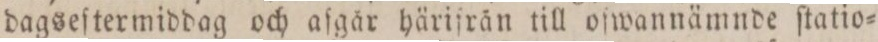
dagseſtermiddag och aſgår härifrån till ofwannämnde ſtatio=